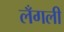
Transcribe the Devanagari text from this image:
लँगली